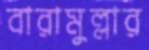
বারামুল্লার